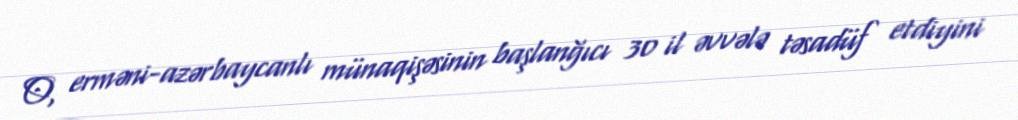
O, erməni-azərbaycanlı münaqişəsinin başlanğıcı 30 il əvvələ təsadüf etdiyini